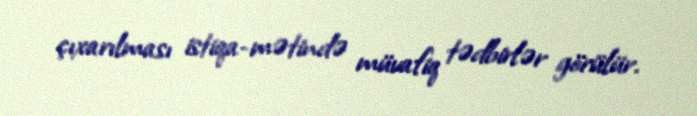
çıxarılması istiqa­mətində müvafiq tədbirlər görülür.